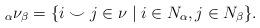
LaTeX: \begin{align*}{}_\alpha\nu_\beta=\{i\smile j\in \nu\mid i\in N_\alpha, j\in N_\beta\}.\end{align*}